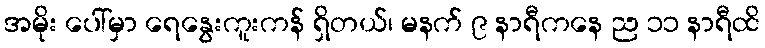
အမိုး ပေါ်မှာ ရေနွေးကူးကန် ရှိတယ်၊ မနက် ၉ နာရီကနေ ည ၁၁ နာရီထိ